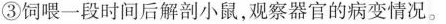
③饲喂一段时间后解剖小鼠，观察器官的病变情况。